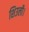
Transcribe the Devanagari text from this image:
शिउली।